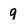
Character: q